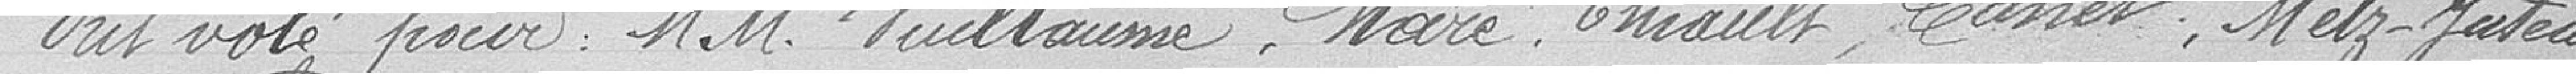
Ont voté pour : MM Vuillaume, Maré, Thiault, Casset, Metz-Juteau